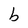
Character: b